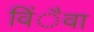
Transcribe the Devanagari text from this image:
विंैवा